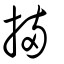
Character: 掚